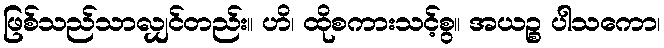
ဖြစ်သည်သာလျှင်တည်း။ ဟိ၊ ထိုစကားသင့်စွ။ အယဉ္စ ပါသကော၊